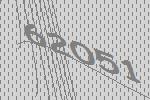
62051